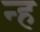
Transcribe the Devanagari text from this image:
न्ह